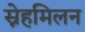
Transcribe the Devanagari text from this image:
स्नेहमिलन